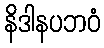
နိဒါနပဘဝံ